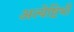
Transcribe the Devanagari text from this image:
अत्येष्टिभी